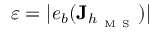
\varepsilon = | e _ { b } ( \mathbf { J } _ { h _ { \mathrm { ~ M ~ S ~ } } } ) |